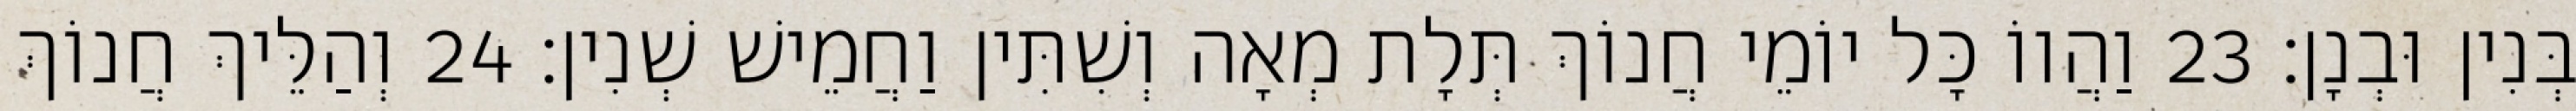
בְּנִין וּבְנָן׃ 23 וַהֲווֹ כָּל יוֹמֵי חֲנוֹךְ תְּלָת מְאָה וְשִׁתִּין וַחֲמֵישׁ שְׁנִין׃ 24 וְהַלֵּיךְ חֲנוֹךְ